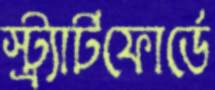
স্ট্র্যার্টফোর্ডে